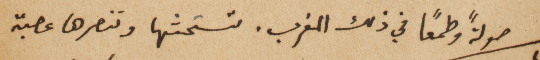
صولةً  وطمعاً في ذلك المغرب. تستحثها وتنصرها عصبة